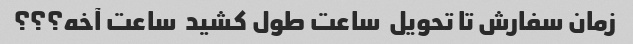
زمان سفارش تا تحویل  ساعت طول کشید  ساعت آخه؟؟؟